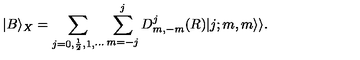
| B \rangle _ { X } = \sum _ { j = 0 , \frac { 1 } { 2 } , 1 , \cdots } \sum _ { m = - j } ^ { j } D _ { m , - m } ^ { j } ( R ) | j ; m , m \rangle \rangle .